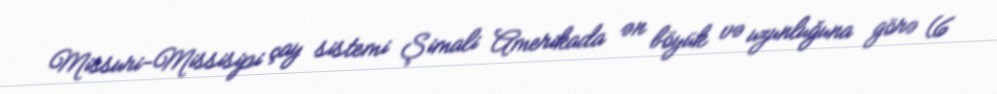
Missuri-Missisipi çay sistemi Şimali Amerikada ən böyük və uzunluğuna görə (6